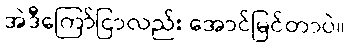
အဲဒီကြော်ငြာလည်း အောင်မြင်တာပဲ။